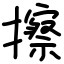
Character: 擦